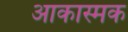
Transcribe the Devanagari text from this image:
आकास्मक